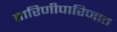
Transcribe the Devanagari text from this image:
तारिणीपारिजात